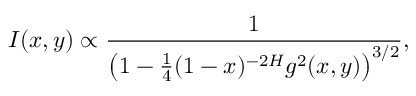
I ( x , y ) \propto \frac { 1 } { \left( 1 - \frac { 1 } { 4 } ( 1 - x ) ^ { - 2 H } g ^ { 2 } ( x , y ) \right) ^ { 3 / 2 } } ,